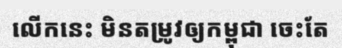
លើកនេះ មិនតម្រូវឲ្យកម្ពុជា ចេះតែ